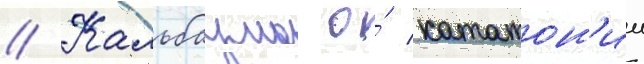
// Кальбаума о́ кататон'ии